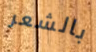
بالشعر